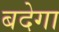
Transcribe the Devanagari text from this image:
बदेगा